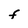
Character: F